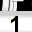
Digit: 1